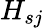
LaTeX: H_{sj}